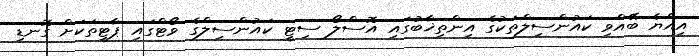
އިއްޔެ ބޭއްވި ކައުންސިލްތަކުގެ އިންތިޚާބުގައި އޮސްލޯ ސިޓީ ކައުންސިލްގެ ވޯޓްގައި ޕާޓީތަކަށް ގޮނޑި